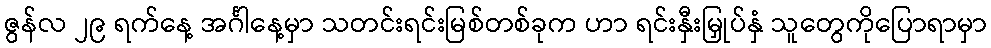
ဇွန်လ ၂၉ ရက်နေ့ အင်္ဂါနေ့မှာ သတင်းရင်းမြစ်တစ်ခုက ဟာ ရင်းနှီးမြှုပ်နှံ သူတွေကိုပြောရာမှာ